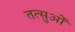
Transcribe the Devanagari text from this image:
तत्सुओं